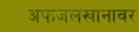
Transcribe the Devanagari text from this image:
अफजलखानावर